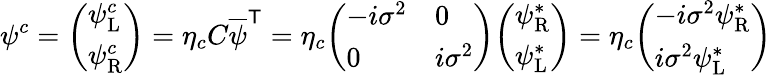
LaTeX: \psi^{c}={\left(\begin{array}{l}{\psi_{\mathrm{L}}^{c}}\\ {\psi_{\mathrm{R}}^{c}}\end{array}\right)}=\eta_{c}C{\overline{{\psi}}}^{\textsf{T}}=\eta_{c}{\left(\begin{array}{ll}{-i\sigma^{2}}&{0}\\ {0}&{i\sigma^{2}}\end{array}\right)}{\left(\begin{array}{l}{\psi_{\mathrm{R}}^{*}}\\ {\psi_{\mathrm{L}}^{*}}\end{array}\right)}=\eta_{c}{\left(\begin{array}{l}{-i\sigma^{2}\psi_{\mathrm{R}}^{*}}\\ {i\sigma^{2}\psi_{\mathrm{L}}^{*}}\end{array}\right)}